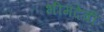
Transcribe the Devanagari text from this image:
भीमदेवी